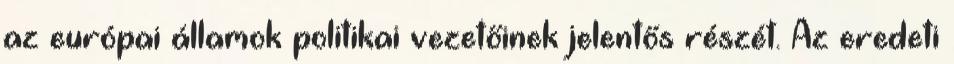
az európai államok politikai vezetőinek jelentős részét. Az eredeti